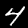
Digit: 4